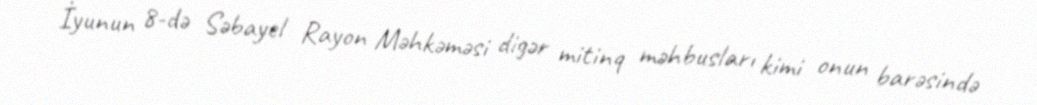
İyunun 8-də Səbayel Rayon Məhkəməsi digər mitinq məhbusları kimi onun barəsində